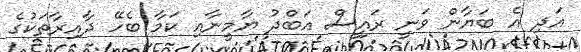
އަދި އެ ބަޔާން ވަނީ ރައީސް އަބްދު ޔާމީނާއި ކަމާ ބެހޭ ދާއިރާތަކުގެ